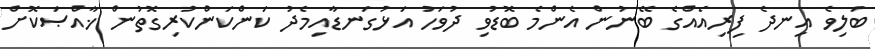
ބަލިވެ އިނދެ ފިރިއެއްގެ ބޭނުން އެންމެ ބޮޑުވި ދުވަހު އަޅުގަނޑާއިމެދު ކަންކަންކުރިގޮތުން ޚާއްޞަކޮށް